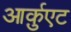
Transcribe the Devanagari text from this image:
आर्क़ुएट